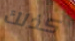
كذلك